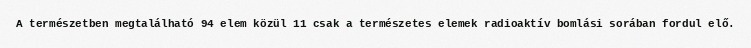
A természetben megtalálható 94 elem közül 11 csak a természetes elemek radioaktív bomlási sorában fordul elő.